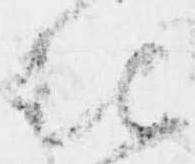
被